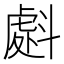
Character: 𭤜